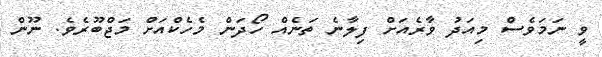
ވީ ނަމަވެސް މިއަދު ވާރެއަށް ފިލާނެ ތަނެއް ހޯދަން މެހެކްއަށް މަޖްބޫރެވެ. ނޫން